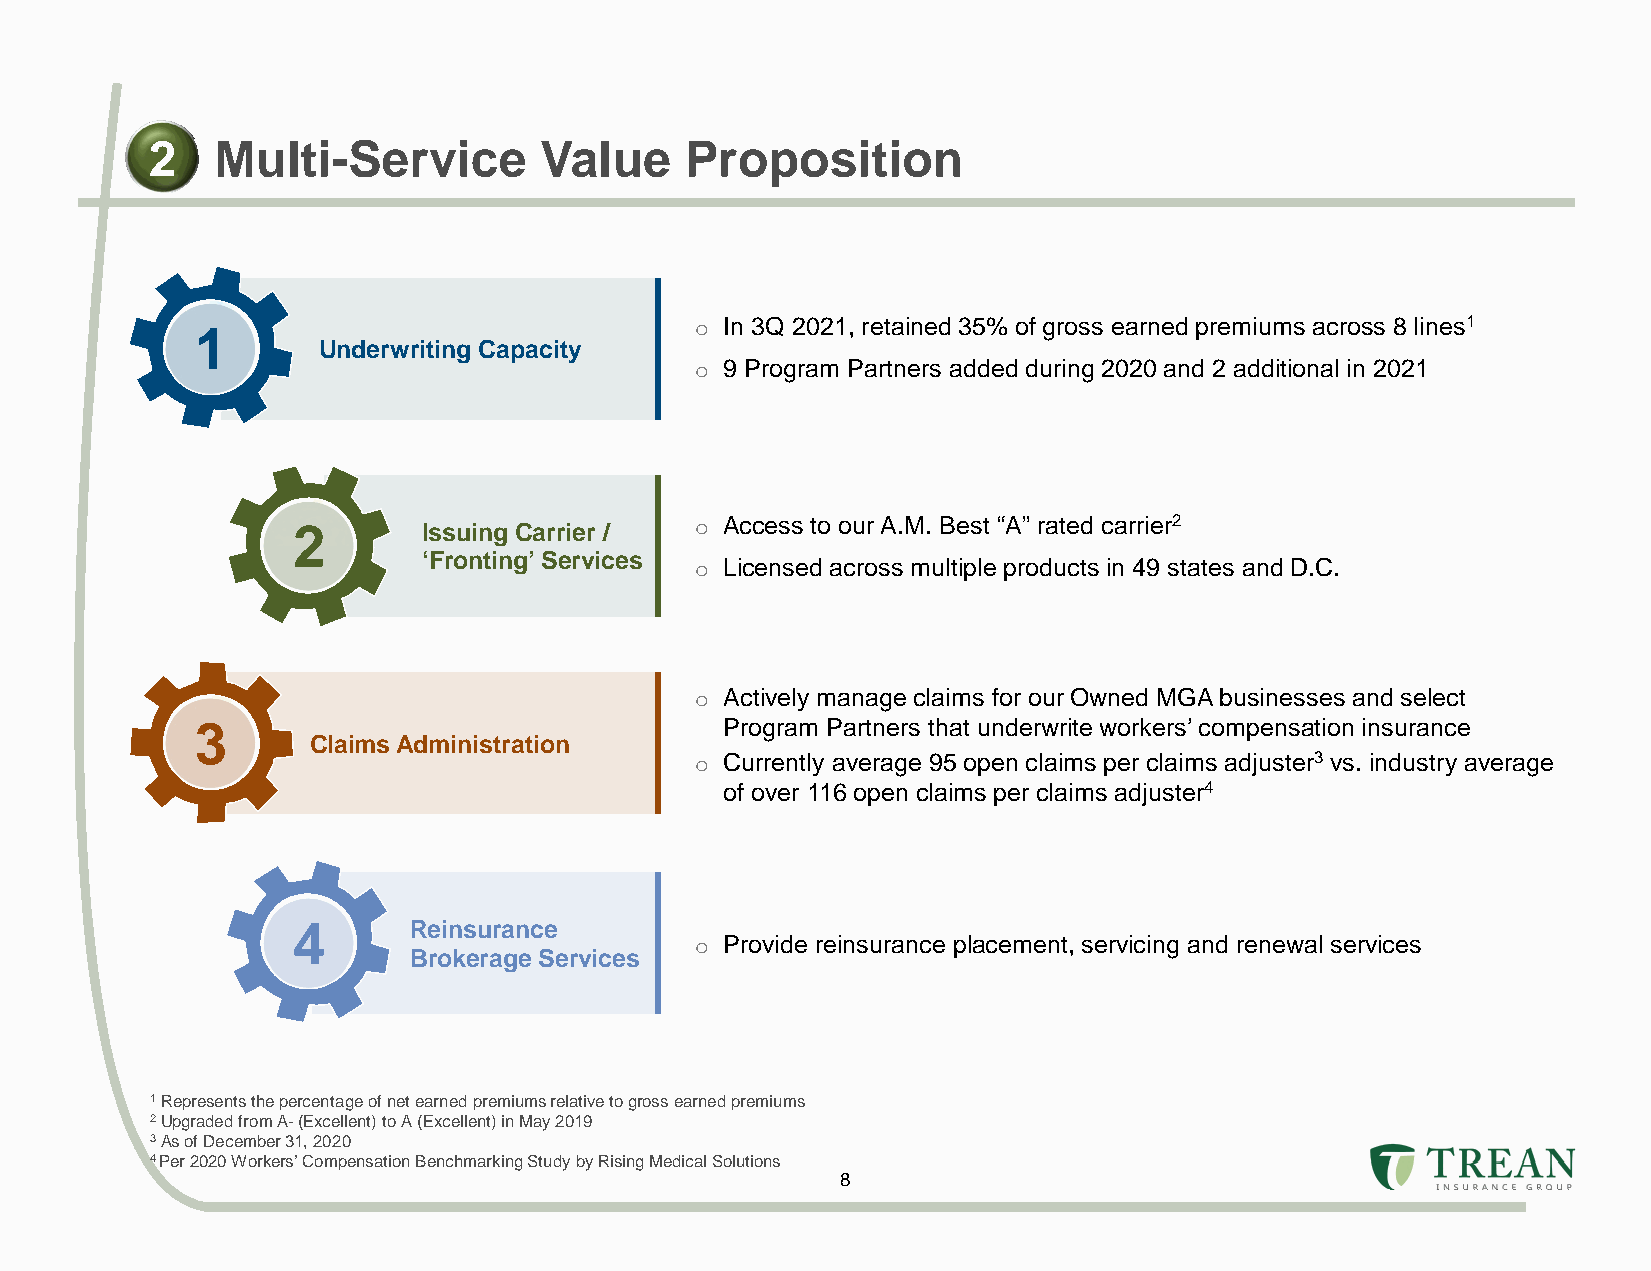
2   Multi-Service         Value    Proposition
 1                                o In 3Q 2021, retained 35% of gross earned premiums across 8 lines1
 Underwriting Capacity
 o 9 Program Partners added during 2020 and 2 additional in 2021
 2        Issuing Carrier / o Access to our A.M. Best “A” rated carrier2
 ‘Fronting’ Services
 o Licensed across multiple products in 49 states and D.C.
 o Actively manage claims for our Owned MGA businesses and select
 3                                  Program Partners that underwrite workers’ compensation insurance
 Claims Administration
 o Currently average 95 open claims per claims adjuster3 vs. industry average
 of over 116 open claims per claims adjuster4
 4       Reinsurance
 o Provide reinsurance placement, servicing and renewal services
 Brokerage Services
 1Represents the percentage of net earned premiums relative to gross earned premiums
 2Upgraded from A-(Excellent) to A (Excellent) in May 2019
 3As of December 31, 2020
 4 Per 2020 Workers’ Compensation Benchmarking Study by Rising Medical Solutions
 8